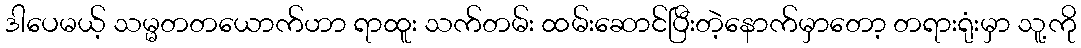
ဒါပေမယ့် သမ္မတတယောက်ဟာ ရာထူး သက်တမ်း ထမ်းဆောင်ပြီးတဲ့နောက်မှာတော့ တရားရုံးမှာ သူ့ကို